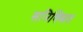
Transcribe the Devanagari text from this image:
सनिक्स्रित